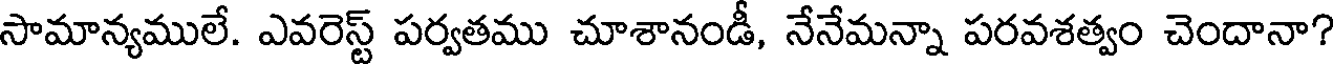
సామాన్యములే. ఎవరెస్ట్ పర్వతము చూశానండీ, నేనేమన్నా పరవశత్వం చెందానా?